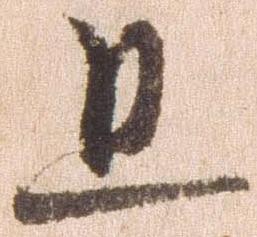
且